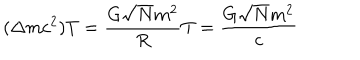
LaTeX: ( \Delta m c ^ { 2 } ) T = \frac { G \sqrt { N } m ^ { 2 } } { R } T = \frac { G \sqrt { N } m ^ { 2 } } { c }